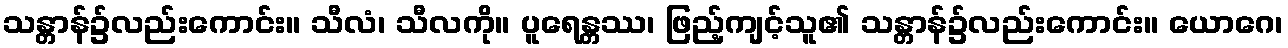
သန္တာန်၌လည်းကောင်း။ သီလံ၊ သီလကို။ ပူရေန္တဿ၊ ဖြည့်ကျင့်သူ၏ သန္တာန်၌လည်းကောင်း။ ယောဂေ၊